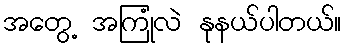
အတွေ့ အကြုံလဲ နုနယ်ပါတယ်။